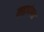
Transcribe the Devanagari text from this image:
महापंगत